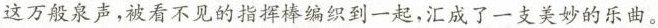
这万般泉声，被看不见的指挥棒编织到一起，汇成了一支美妙的乐曲。